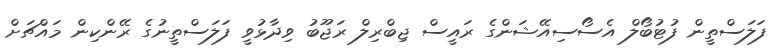
ފަލަސްތީން ފުޓުބޯލް އެސޯސިއޭޝަންގެ ރައީސް ޖިބްރިލް ރަޖޫބު ވިދާޅުވީ ފަލަސްތީނުގެ ރޭންކިން މައްޗަށް